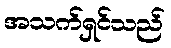
အသက်ရှင်သည်